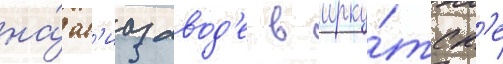
на́ ав'иазавод'е в ирку́тск'е